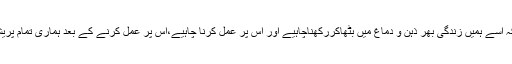
(صحیح بخاری)یہ اتنی قیمتی بات ہے کہ اسے ہمیں زندگی بھر ذہن و دماغ میں بٹھاکررکھناچاہیے اور اس پر عمل کرنا چاہیے،اس پر عمل کرنے کے بعد ہماری تمام پریشانیوں اور مشکلوں کا خاتمہ ہوسکتاہے۔